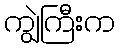
ကျွဲကြီးက